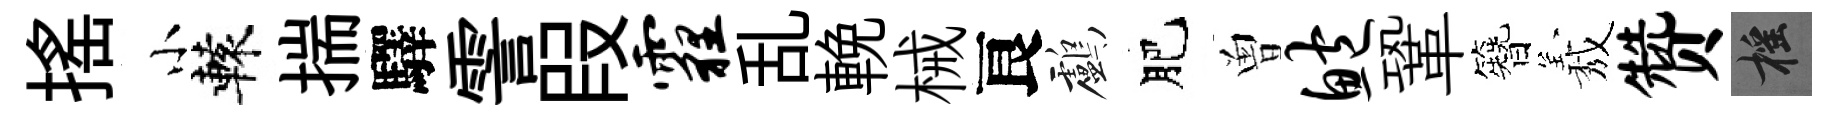
搖小轅揣驛霅叚霾乱輓械良鸕肥曽鲍鞏簪𦏁赞摇